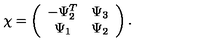
\chi = \left( \begin{array} { c c } { - \Psi _ { 2 } ^ { T } } & { \Psi _ { 3 } } \\ { \Psi _ { 1 } } & { \Psi _ { 2 } } \\ \end{array} \right) .